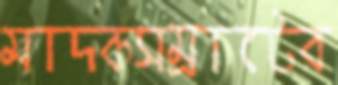
মাদকসম্রাটের